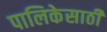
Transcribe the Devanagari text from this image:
पालिकेसाठी